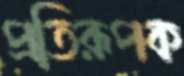
প্রতিরূপক